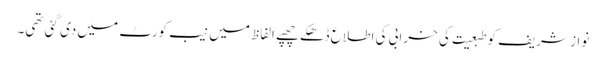
نواز شریف کو طبعیت کی خرابی کی اطلاع ڈھکے چھپے الفاظ میں نیب کورٹ میں دی گئی تھی۔